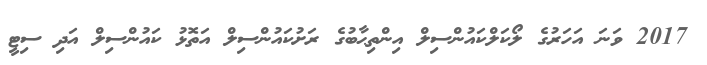
2017 ވަނަ އަހަރުގެ ލޯކަލްކައުންސިލް އިންތިޙާބުގެ ރަށުކައުންސިލް އަތޮޅު ކައުންސިލް އަދި ސިޓީ